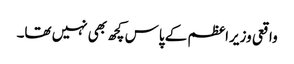
واقعی وزیراعظم کے پاس کچھ بھی نہیں تھا۔